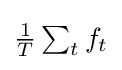
{\textstyle {\frac {1}{T}}\sum _{t}f_{t}}